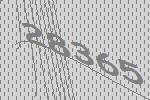
28365